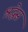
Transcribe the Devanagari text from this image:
श्रद्धेस